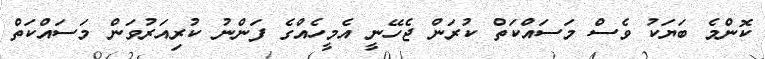
ކޮންމެ ބަޔަކު ވެސް މަސައްކަތް ކުރަން ޖެހޭނީ އެމީހެއްގެ ފަންނު ކުރިއަރުވަން މަސައްކަތް